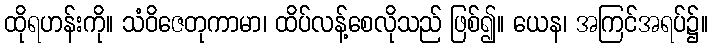
ထိုရဟန်းကို။ သံဝိဇေတုကာမာ၊ ထိပ်လန့်စေလိုသည် ဖြစ်၍။ ယေန၊ အကြင်အရပ်၌။